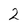
Character: 2